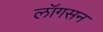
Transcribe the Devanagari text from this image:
लॉगसन